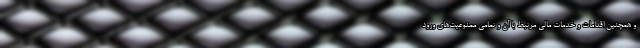
و همچنین اقدامات و خدمات مالی مرتبط با آن و تمامی ممنوعیت‌­های ورود